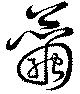
繭